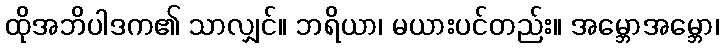
ထိုအဘိပါဒက၏ သာလျှင်။ ဘရိယာ၊ မယားပင်တည်း။ အမ္ဘောအမ္ဘော၊